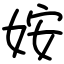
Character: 姲